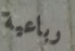
رباعية